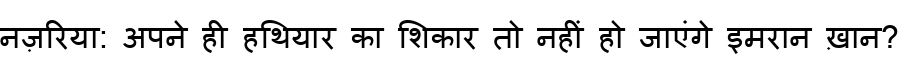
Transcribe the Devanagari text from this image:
नज़रिया: अपने ही हथियार का शिकार तो नहीं हो जाएंगे इमरान ख़ान?